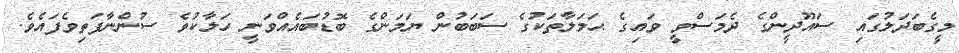
މީގެބަދަލުގައި ސައޫދީންގެ ދެމަސްވީ ވައިގެ ޙަމަލާތަކުގެ ސަބަބުން ޔަމަންގެ ބޮޑުބައެއްވަނީ ހަލާކުވެ ސުންނާފަތިވެފައެވެ.